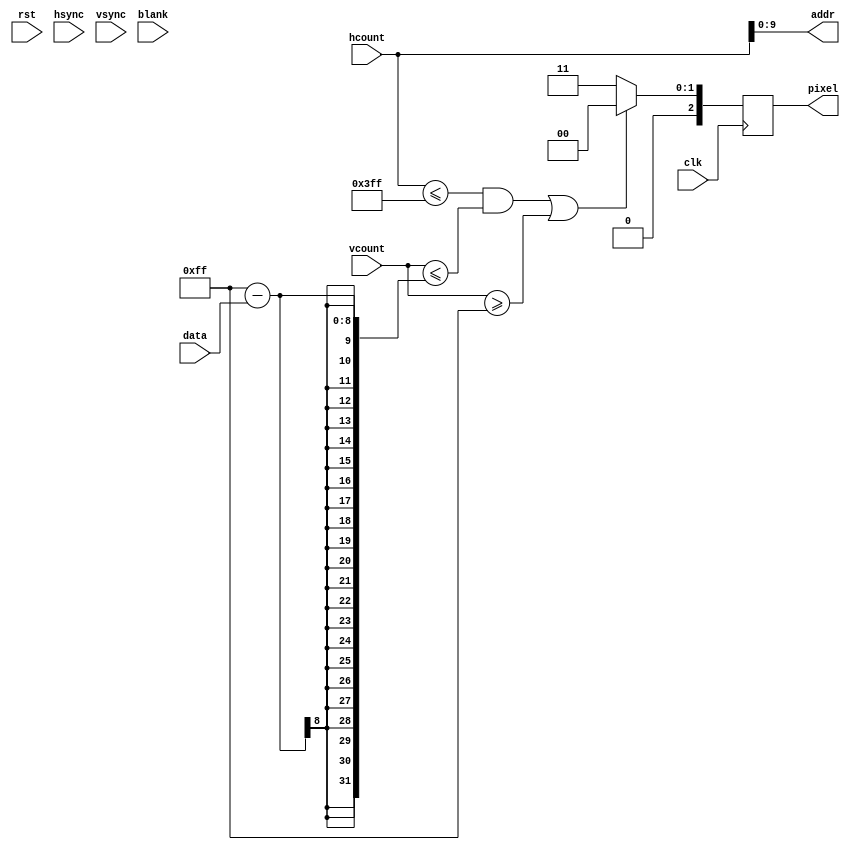
/* *********************** *
 * Parametric Equalizer    *
 * J. Colosimo             *
 * 6.111 - Fall '10        *
 * gcdisplay.v             *
 * gain curve display      *
 * *********************** */

module gcdisplay #(parameter LOGFFTSIZE=0, AUDIOWIDTH=0, DISPLWIDTH=0)
    (
        input wire clk,
        input wire rst,

        input wire [10:0] hcount,
        input wire [ 9:0] vcount,
        input wire hsync, vsync, blank,

        output reg [2:0] pixel,

        output wire [9:0] addr,
        input wire [DISPLWIDTH-1:0] data
    );

    assign addr = hcount[9:0];

    always @ (posedge clk) begin
        if ( hcount <= 1023 && vcount <= 255 - data || vcount >= 255 ) begin
            pixel <= 0;
        end else begin
            pixel <= 3;
        end
    end

endmodule